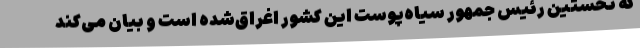
که نخستین رئیس جمهور سیاه‌پوست این کشور اغراق‌شده است و بیان می‌کند